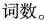
词数。